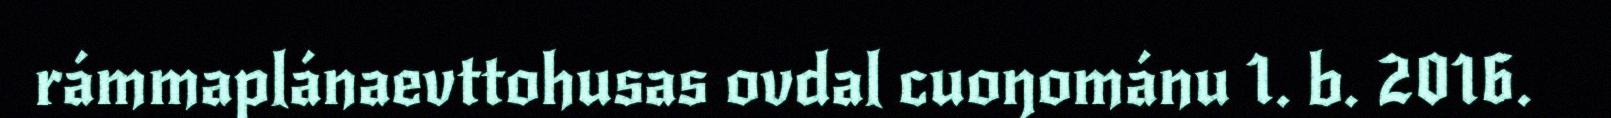
rámmaplánaevttohusas ovdal cuoŋománu 1. b. 2016.